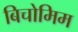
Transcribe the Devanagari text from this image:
बिचोमिम